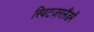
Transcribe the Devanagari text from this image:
स्विटज़रलैंडमें